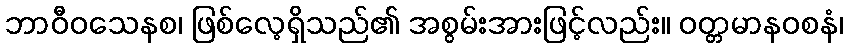
ဘာဝီဝသေနစ၊ ဖြစ်လေ့ရှိသည်၏ အစွမ်းအားဖြင့်လည်း။ ဝတ္တမာနဝစနံ၊